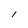
Character: 1